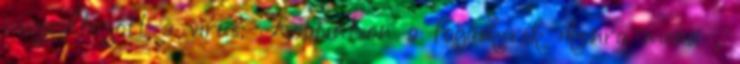
megváltozott a vírus: Koppintson a fogaskerék ikonra menü ,